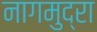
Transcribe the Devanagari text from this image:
नागमुद्रा